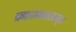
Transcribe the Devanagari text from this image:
द्रव्यारम्भकत्वम्।।